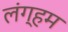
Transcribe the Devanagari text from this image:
लंग्हम